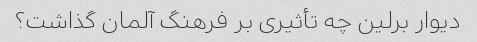
دیوار برلین چه تأثیری بر فرهنگ آلمان گذاشت؟